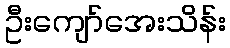
ဦးကျော်အေးသိန်း